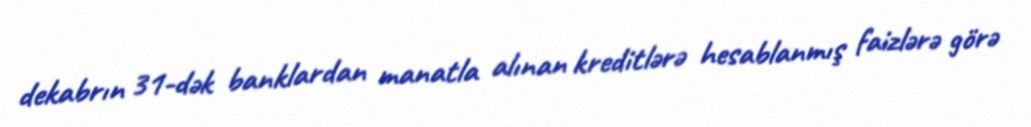
dekabrın 31-dək banklardan manatla alınan kreditlərə hesablanmış faizlərə görə